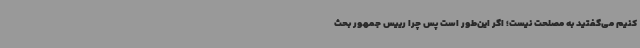
کنیم می‌گفتید به مصلحت نیست؛ اگر این‌طور است پس چرا رییس جمهور بحث